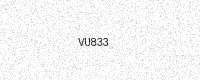
Text: VU833